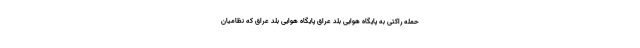
حمله راکتی به پایگاه هوایی بلد عراق پایگاه هوایی بلد عراق که نظامیان